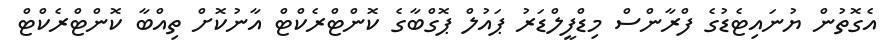
އެގޮތުން ޔުނައިޓެޑުގެ ފްރާންސް މިޑްފީލްޑަރު ޕައުލް ޕޮގްބާގެ ކޮންޓްރެކްޓް އާނުކޮށް ތިއްބާ ކޮންޓްރެކްޓް